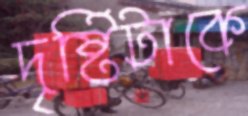
দৃষ্টিটাকে